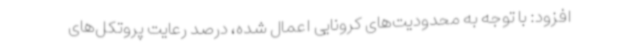
افزود: با توجه به محدودیت‌های کرونایی اعمال شده، درصد رعایت پروتکل‌های